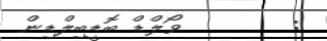
:        ވޯލްޑް ބޮޑީބިލްޑިން